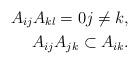
LaTeX: \begin{align*} A_{ij} A_{kl}= 0 j \ne k, \\ A_{ij} A_{jk} \subset A_{ik}. \phantom{}\end{align*}